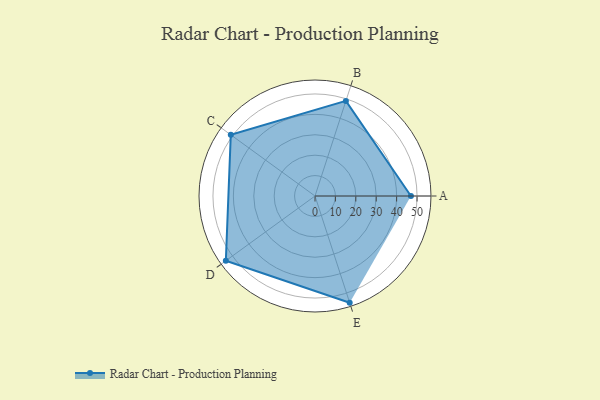
{"axis": {"x": "Skill", "y": "Score"}, "legend": ["Profile"], "data": [{"x": "A", "y": 47.0, "type": "Profile"}, {"x": "B", "y": 49.0, "type": "Profile"}, {"x": "C", "y": 51.0, "type": "Profile"}, {"x": "D", "y": 54.0, "type": "Profile"}, {"x": "E", "y": 55.0, "type": "Profile"}]}